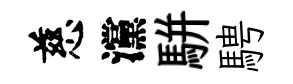
慈灙駢騁